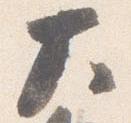
大